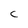
Character: C